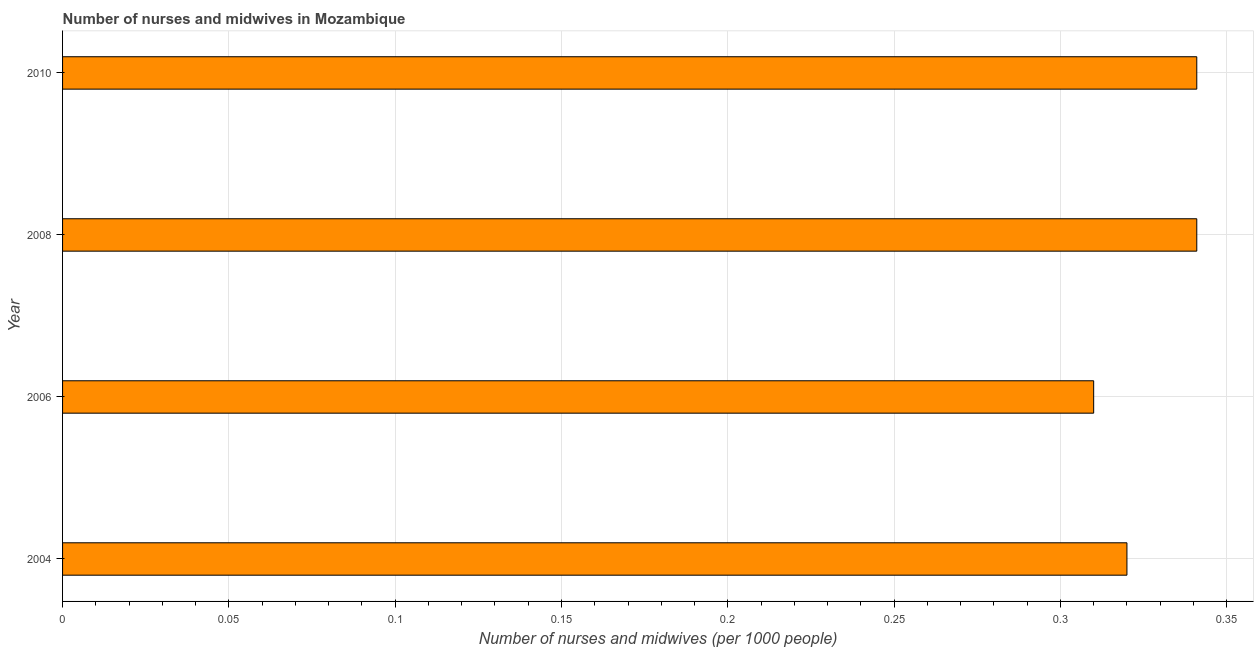
| Year | Nurses and midwives |
 | --- | --- |
 | 2004 | 0.32 |
 | 2006 | 0.31 |
 | 2008 | 0.341 |
 | 2010 | 0.341 |